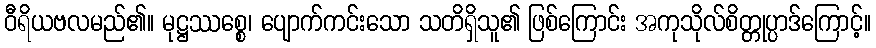
ဝီရိယဗလမည်၏။ မုဋ္ဌဿစ္စေ၊ ပျောက်ကင်းသော သတိရှိသူ၏ ဖြစ်ကြောင်း အကုသိုလ်စိတ္တုပ္ပာဒ်ကြောင့်။